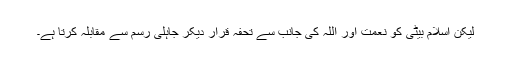
لیکن اسلام بیٹی کو نعمت اور اللہ کی جانب سے تحفہ قرار دیکر جاہلی رسم سے مقابلہ کرتا ہے۔